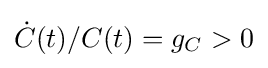
{\dot {C}}(t)/C(t)=g_{C}>0